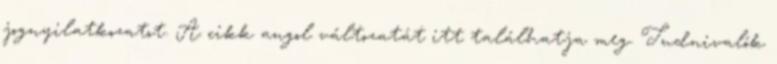
jognyilatkozatot. A cikk angol változatát itt találhatja meg. Tudnivalók